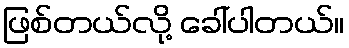
ဖြစ်တယ်လို့ ခေါ်ပါတယ်။